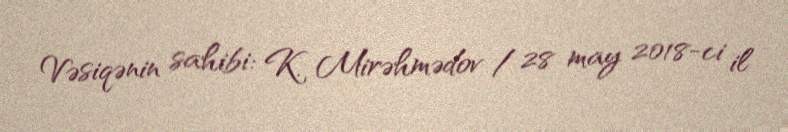
Vəsiqənin sahibi: K. Mirəhmədov / 28 may 2018-ci il